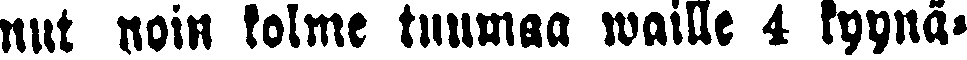
nut noin kolme tuumaa waille 4 kyynä-